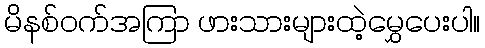
မိနစ်ဝက်အကြာ ဖားသားများထဲ့မွှေပေးပါ။